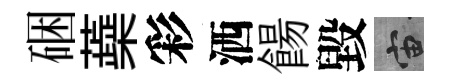
硱蘃彩洒餳毀宙